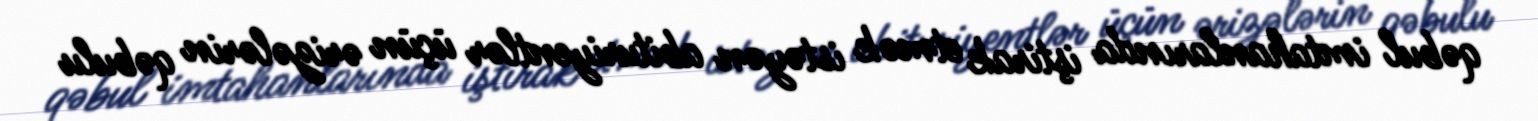
qəbul imtahanlarında iştirak etmək istəyən abituriyentlər üçün ərizələrin qəbulu